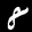
Label: 8